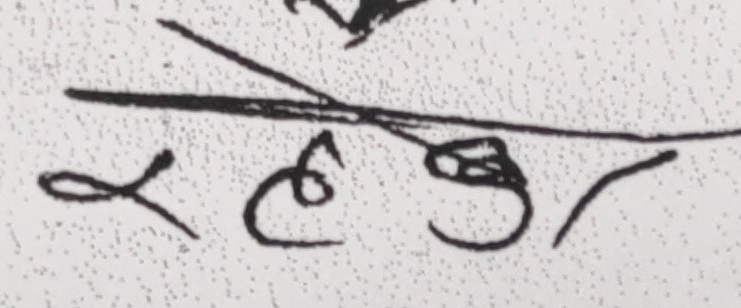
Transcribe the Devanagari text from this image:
र लेखेर